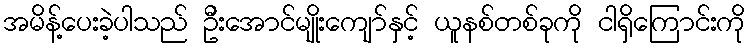
အမိန့်ပေးခဲ့ပါသည် ဦးအောင်မျိုးကျော်နှင့် ယူနစ်တစ်ခုကို ငါရှိကြောင်းကို